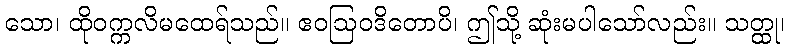
သော၊ ထိုဝက္ကလိမထေရ်သည်။ ဧဝဩဝဒိတောပိ၊ ဤသို့ ဆုံးမပါသော်လည်း။ သတ္ထု၊